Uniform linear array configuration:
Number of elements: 32
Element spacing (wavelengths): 0.75
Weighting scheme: blackman
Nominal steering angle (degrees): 45
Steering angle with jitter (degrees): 43.411
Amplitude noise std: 0.05
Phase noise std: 0.05

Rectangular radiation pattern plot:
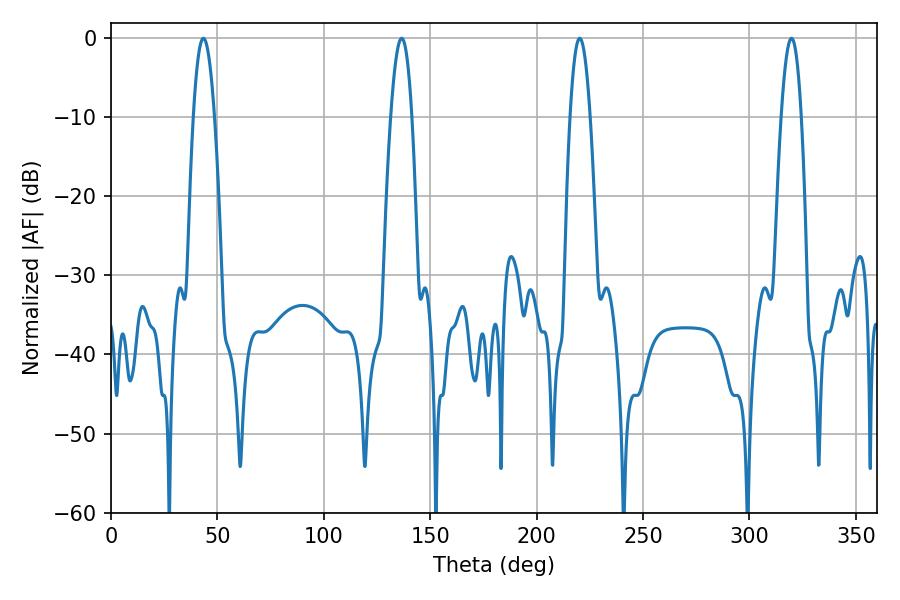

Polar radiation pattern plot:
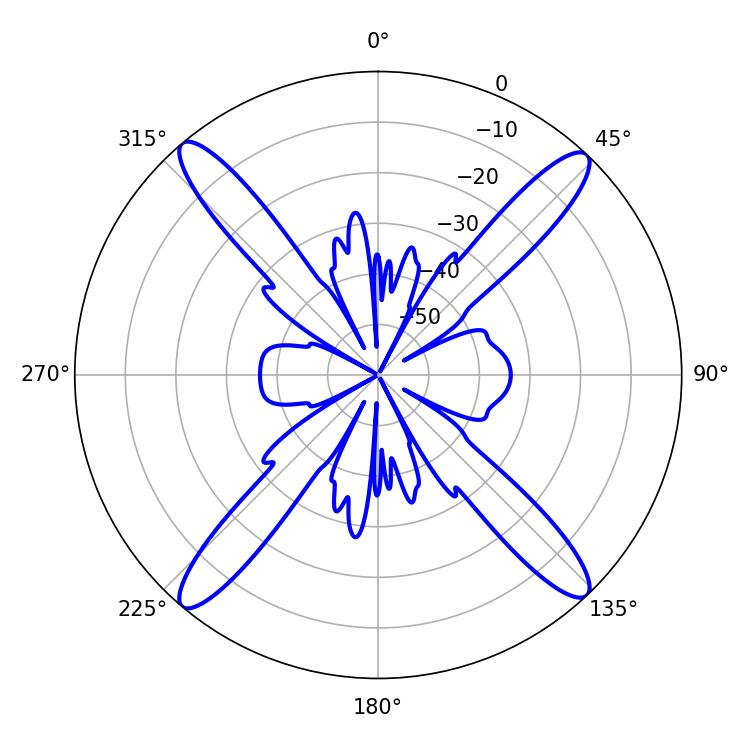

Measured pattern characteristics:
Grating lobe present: TRUE
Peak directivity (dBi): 21.214
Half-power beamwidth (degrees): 5.4
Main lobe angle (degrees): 43.38